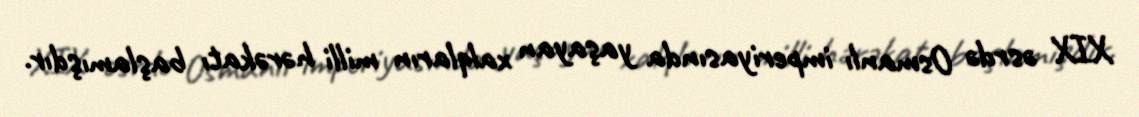
XIX əsrdə Osmanlı imperiyasında yaşayan xalqların milli hərəkatı başlamışdır.